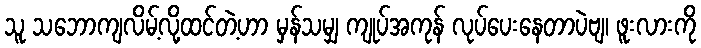
သူ သဘောကျလိမ့်လို့ထင်တဲ့ဟာ မှန်သမျှ ကျုပ်အကုန် လုပ်ပေးနေတာပဲဗျ၊ ဖူးလားကို